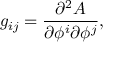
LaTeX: g _ { i j } = \frac { \partial ^ { 2 } A } { \partial \phi ^ { i } \partial \phi ^ { j } } ,